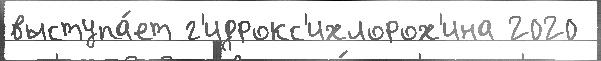
выступа́ет г'идрокс'ихлорох'ина 2020